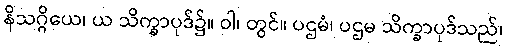
နိသဂ္ဂိယေ၊ ယ သိက္ခာပုဒ်၌။ ဝါ၊ တွင်။ ပဌမံ၊ ပဌမ သိက္ခာပုဒ်သည်၊